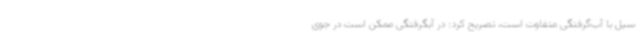
سیل با آب‌گرفتگی متفاوت است، تصریح کرد: در آبگرفتگی ممکن است در جوی